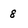
Character: 8